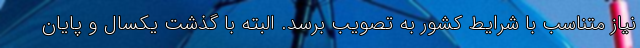
نیاز متناسب با شرایط کشور به تصویب برسد. البته با گذشت یکسال و پایان